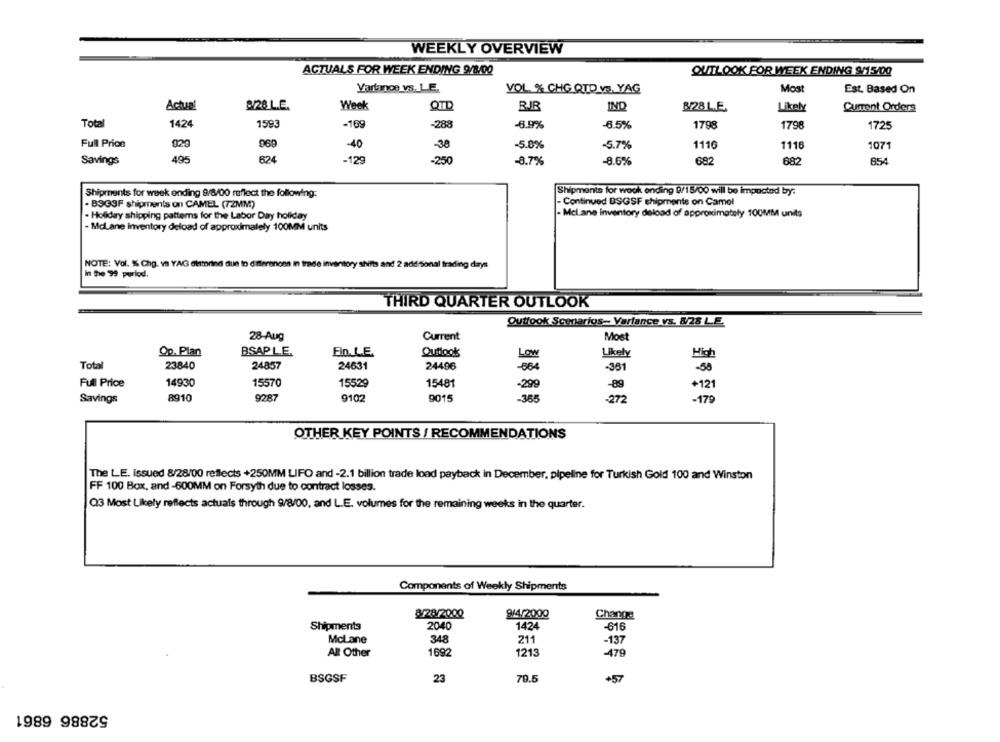
WEEKLY OVERVIEW
ACTUALS FOR WEEK ENDING 9/8/00
OUTLOOK FOR WEEK ENDING 9/15/00
Vartanoe vs. LE.
VOL % CHG QTD vs. YAG
Most
Est. Based On
8/28 L.E.
Actual
Week
QTD
IND
3/28LE
Likely
Current Orders
Total
1424
1593
-169
-6.9%
-6.5%
1798
1798
1725
Full Price
920
969
-40
-5.8%
-5.7%
1110
1116
1071
Savings
495
624
-129
-250
-8.7%
-8.6%
682
682
654
Shipments for week ending 9/8/00 reflect the following:
Shipments for wook ending 9/15/00 will be impacted by:
- Continued BSGSF shipments on Camol
. BSG3F shipments on CAMEL (72MM)
- Holiday shipping patterns for the Labor Day holiday
. McLane inventory deload of approximately 100MM units
- McLane inventory deload of approximately 100MM units
NOTE: Vol. % Chg. va YAG altorind due to dierenons in trade inventory shifts and 2 additional trading days
In the 99 perlod.
THIRD QUARTER OUTLOOK
Outlook Scenarios- Variance vs. 8/28 LE.
28-Aug
Current
Most
Op. Plan
BSAP L.E.
Fin. L.E.
Outlook
Likely
High
Total
23840
24857
24631
24496
-361
-30
Full Price
14930
15570
15529
15481
-89
+121
-299
Savings
8910
9287
9102
9015
-365
-272
-179
OTHER KEY POINTS / RECOMMENDATIONS
The LE. issued 8/28/00 reflects +250MM LIFO and -2.1 billion trade load payback in December, pipeline for Turkish Gold 100 and Winston
FF 100 Box, and-600MM on Forsyth due to contract losses.
Q3 Most Likely reflects actuals through 9/8/00, and L.E. volumes for the remaining weeks in the quarter.
Components of Weekly Shipments
8/28/2000
9/4/2000
Change
Shipments
2040
1424
-616
McLane
348
211
-137
All Other
1692
1213
-479
BSGSF
23
70.5
+57
52886 6861